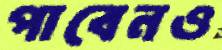
পাবেনও